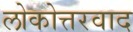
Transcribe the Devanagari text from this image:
लोकोत्तरवाद